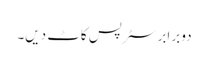
دو برابر سٹرپس کاٹ دیں۔